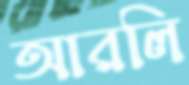
আরলি